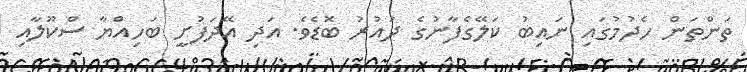
ތަންތަން ހެދުމުގައި ނައިބު ކަލޭގެފާނުގެ ދައުރު ބޮޑެވެ. އަދި އޭދަފުށީ ބަހިއްޔާ ސްކޫލާއި